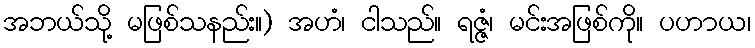
အဘယ်သို့ မဖြစ်သနည်း။) အဟံ၊ ငါသည်။ ရဇ္ဇံ၊ မင်းအဖြစ်ကို။ ပဟာယ၊